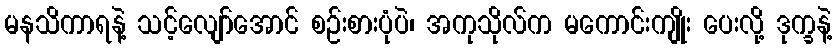
မနသိကာရနဲ့ သင့်လျော်အောင် စဉ်းစားပုံပဲ၊ အကုသိုလ်က မကောင်းကျိုး ပေးလို့ ဒုက္ခနဲ့